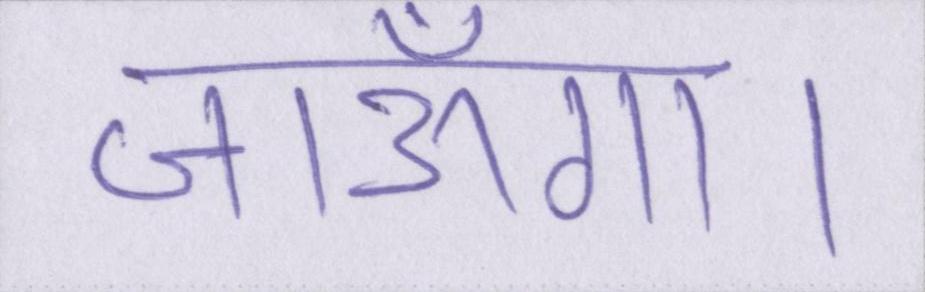
जाऊँगा।